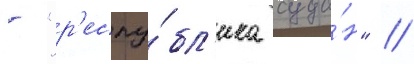
- "р'еспу́бл'ика суда́н" //